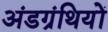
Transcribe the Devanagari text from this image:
अंडग्रंथियों